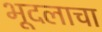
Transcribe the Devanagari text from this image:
भूदलाचा